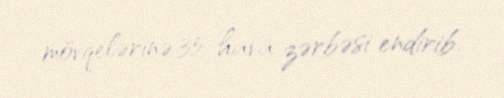
mövqelərinə 35 hava zərbəsi endirib.